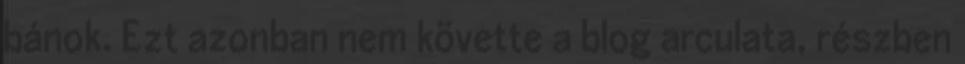
bánok. Ezt azonban nem követte a blog arculata, részben